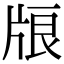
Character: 𤗀